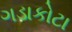
ગડાકોટા